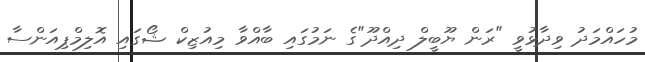
މުހައްމަދު ވިދާޅުވީ "ރަން ޔޫބީލް ދިއްދޫ"ގެ ނަމުގައި ބާއްވާ މިއުޒިކް ޝޯގައި އޮލިމްޕިއަންސާ